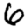
Digit: 6